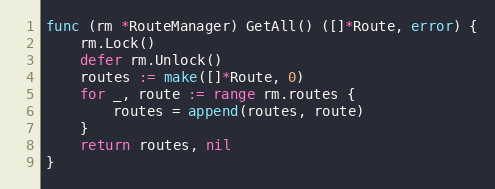
Language: Go
func (rm *RouteManager) GetAll() ([]*Route, error) {
	rm.Lock()
	defer rm.Unlock()
	routes := make([]*Route, 0)
	for _, route := range rm.routes {
		routes = append(routes, route)
	}
	return routes, nil
}